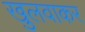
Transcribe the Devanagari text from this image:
खुलवाकर